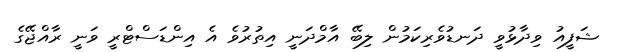
ޝަފީއު ވިދާޅުވީ ދަނޑުވެރިކަމުން ލިބޭ އާމްދަނީ އިތުރުވެ އެ އިންޑަސްޓްރީ ވަނީ ރާއްޖޭގެ